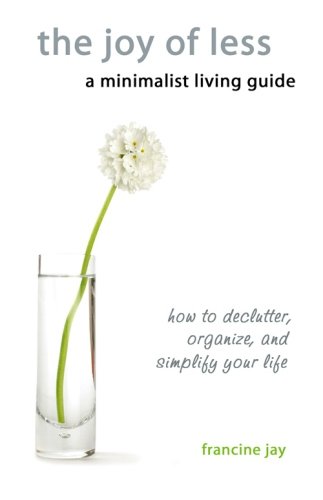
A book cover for The Joy of Less, A Minimalist Living Guide: How to Declutter, Organize, and Simplify Your Life; Francine Jay; Crafts, Hobbies & Home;